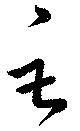
巨